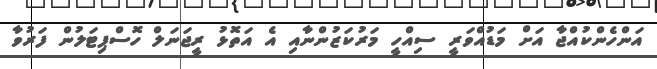
އަންހެންކުއްޖާ އަށް މަޑުއްވަރީ ސިއްހީ މަރުކަޒުންނާއި އެ އަތޮޅު ރީޖަނަލް ހޮސްޕިޓަލުން ފަރުވާ